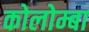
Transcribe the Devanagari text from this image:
कोलोम्बा